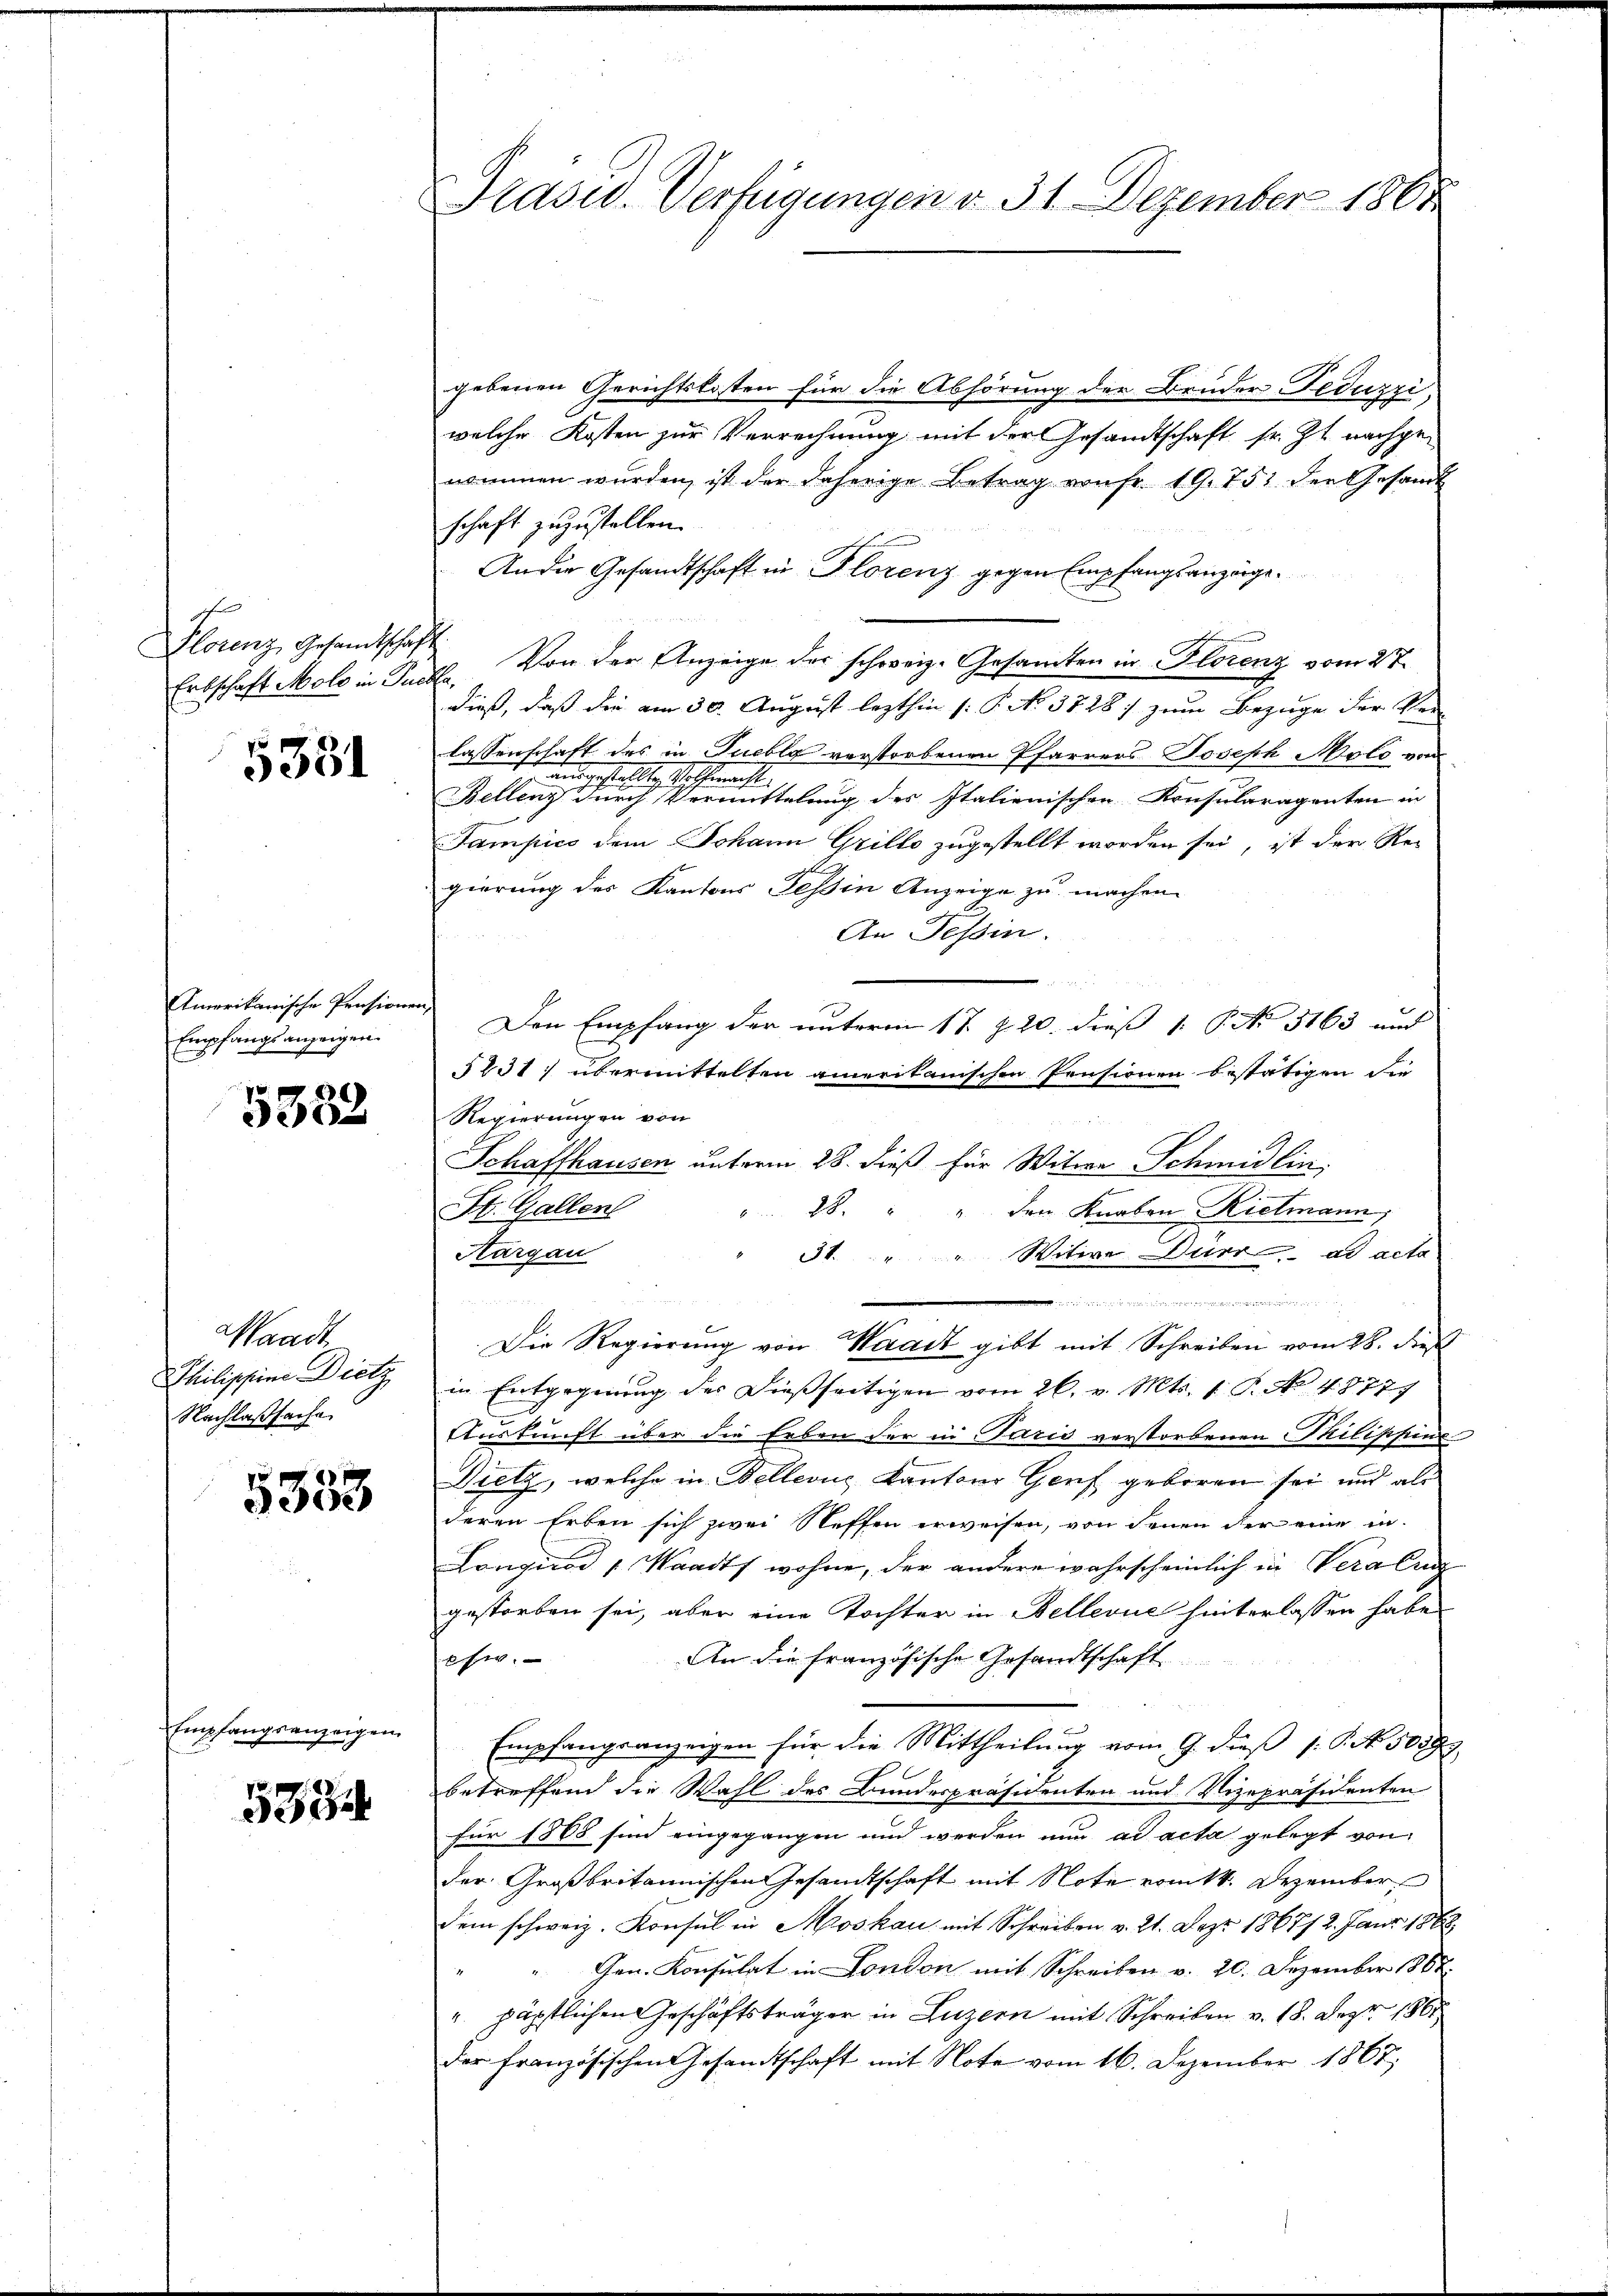
f
Plorenz Gesandtschaft

5331

Amerikanische Pensionen
Empfangsanzeigen.

5382

Waadt
Philippine Dietz
Nachlaßsache.

5353

Empfangsanzeigen

5334

Präsid. Verfügungen d. 31. Dezember 1865.

gebenen Gerichtskosten für die Abhörung der Bruder Feduzzi,
welche Kosten zur Verrechnung mit der Gesandtschaft sr. Zt. nachgenommen wurden, ist der daherige Betrag von fr. 19. 151 der Gesandt
schaft zuzustellen.
An die Gesandtschaft in Florenz gegen Empfangsanzeige.
Erbschaft Mole in Packle. Von der Anzeige der schweiz. Gesamten in Florenz vom 27.
dieß, daß die am 30. August lezthin (: P. No 3828) zum Bezuge der Sei
lassenschaft des in Tueblg verstorbenen Pfarrers Joseph Moto von
ausgestellte, Hoffmacht.
Bellenz durch Vermittelung des Italienischen Konsularagenten in
Sampico dem Johann Grillo zugestellt worden sei, ist der Re-
gierung des Kantons Tessin Anzeige zu machen.
An Tessin.
Den Empfang der unterm 17. d. 20. dieß P. Nr. 3163 und
1231) übermittelten amerikanischen Pensionen bestätigen die
Regierungen von
 28 Servi
Schaffhausen unterm 28. dieß für Witwe Schmidlin,
28 " " den Knaben Rietmann,
St. Gallen
Aargau
34 " " Witwe Dürr ad acta

Die Regierung von Waadt gibt mit Schreiben vom 28. dieß
in Entgegnung der dießseitigen vom 26. v. Mts. 1. P. No 48777
Auskunft über die Erben der in Paris verstorbenen Philippine
Drelz, welche in Bellevue Kantons Genf geboren sei und ali
deren Erben sich zwei Neffen erweisen, von denen der eine in
Longicod „ Waadt wohne, der andere wahrscheinlich in Verabung
gestorben sei, aber eine Tochter in Bellevue hinterlassen habe
An die Französische Gesandtschaft
psi.
Empfangsanzeigen für die Mittheilung vom 9. dieß (: P. No. 50377
betreffend die Wahl des Bundespräsidenten und Vizepräsidenten
für 1808 sind eingegangen und werden nun ad acta gelegt von
der Großbritannischen Gesandtschaft mit Note vom 14. Dezember
dem schweiz. Konsul in Moskau mit Schreiben v. 21. Dez. 186712. Janr 1888.
Gen. Konsulat in London mit Schreiben v. 20. Dezember 1888.
". päpstlichen Geschäftsträger in Luzern mit Schreiben v. 18. Dez. 1861
der französischen Gesandtschaft mit Note vom 16. Dezember 1867,